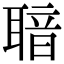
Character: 𦖢